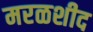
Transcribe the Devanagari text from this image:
मरळशीद